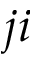
j i